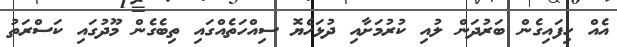
އެއް ހިފައިގެން ބަރުދަން ލުއި ކުރުމަށާއި ދުޅަހެޔޮ ސިއްހަތެއްގައި ތިބެގެން މޫދުގައި ކަސްރަތު